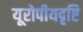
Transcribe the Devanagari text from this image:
यूरोपीयदृष्टि